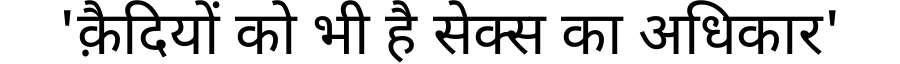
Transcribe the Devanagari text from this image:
'क़ैदियों को भी है सेक्स का अधिकार'